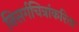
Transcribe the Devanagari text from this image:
निसर्गचित्रांकरिता